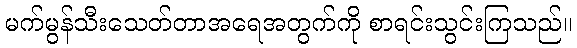
မက်မွန်သီးသေတ်တာအရေအတွက်ကို စာရင်းသွင်းကြသည်။